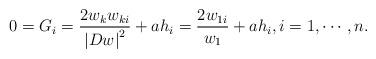
LaTeX: \begin{align*}0 = G_i = \frac{{2w_k w_{ki} }}{{\left| {Dw} \right|^2 }} + ah_i = \frac{{2w_{1i} }}{{w_1 }} + ah_i, i=1, \cdots, n.\end{align*}